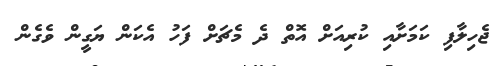
ޖެހިލާފި ކަމަށާއި ކުރިއަށް އޮތް ދެ މެޗަށް ފަހު އެކަން ޔަގީން ވެގެން